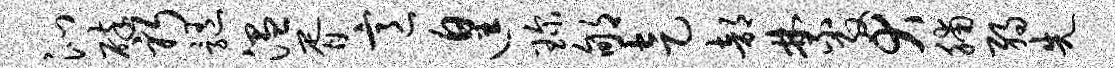
沁碎躬髓温胥意遑琛郇走部禁殷犬脯弱先